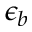
\epsilon _ { b }